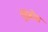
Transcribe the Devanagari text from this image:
डिबोरा